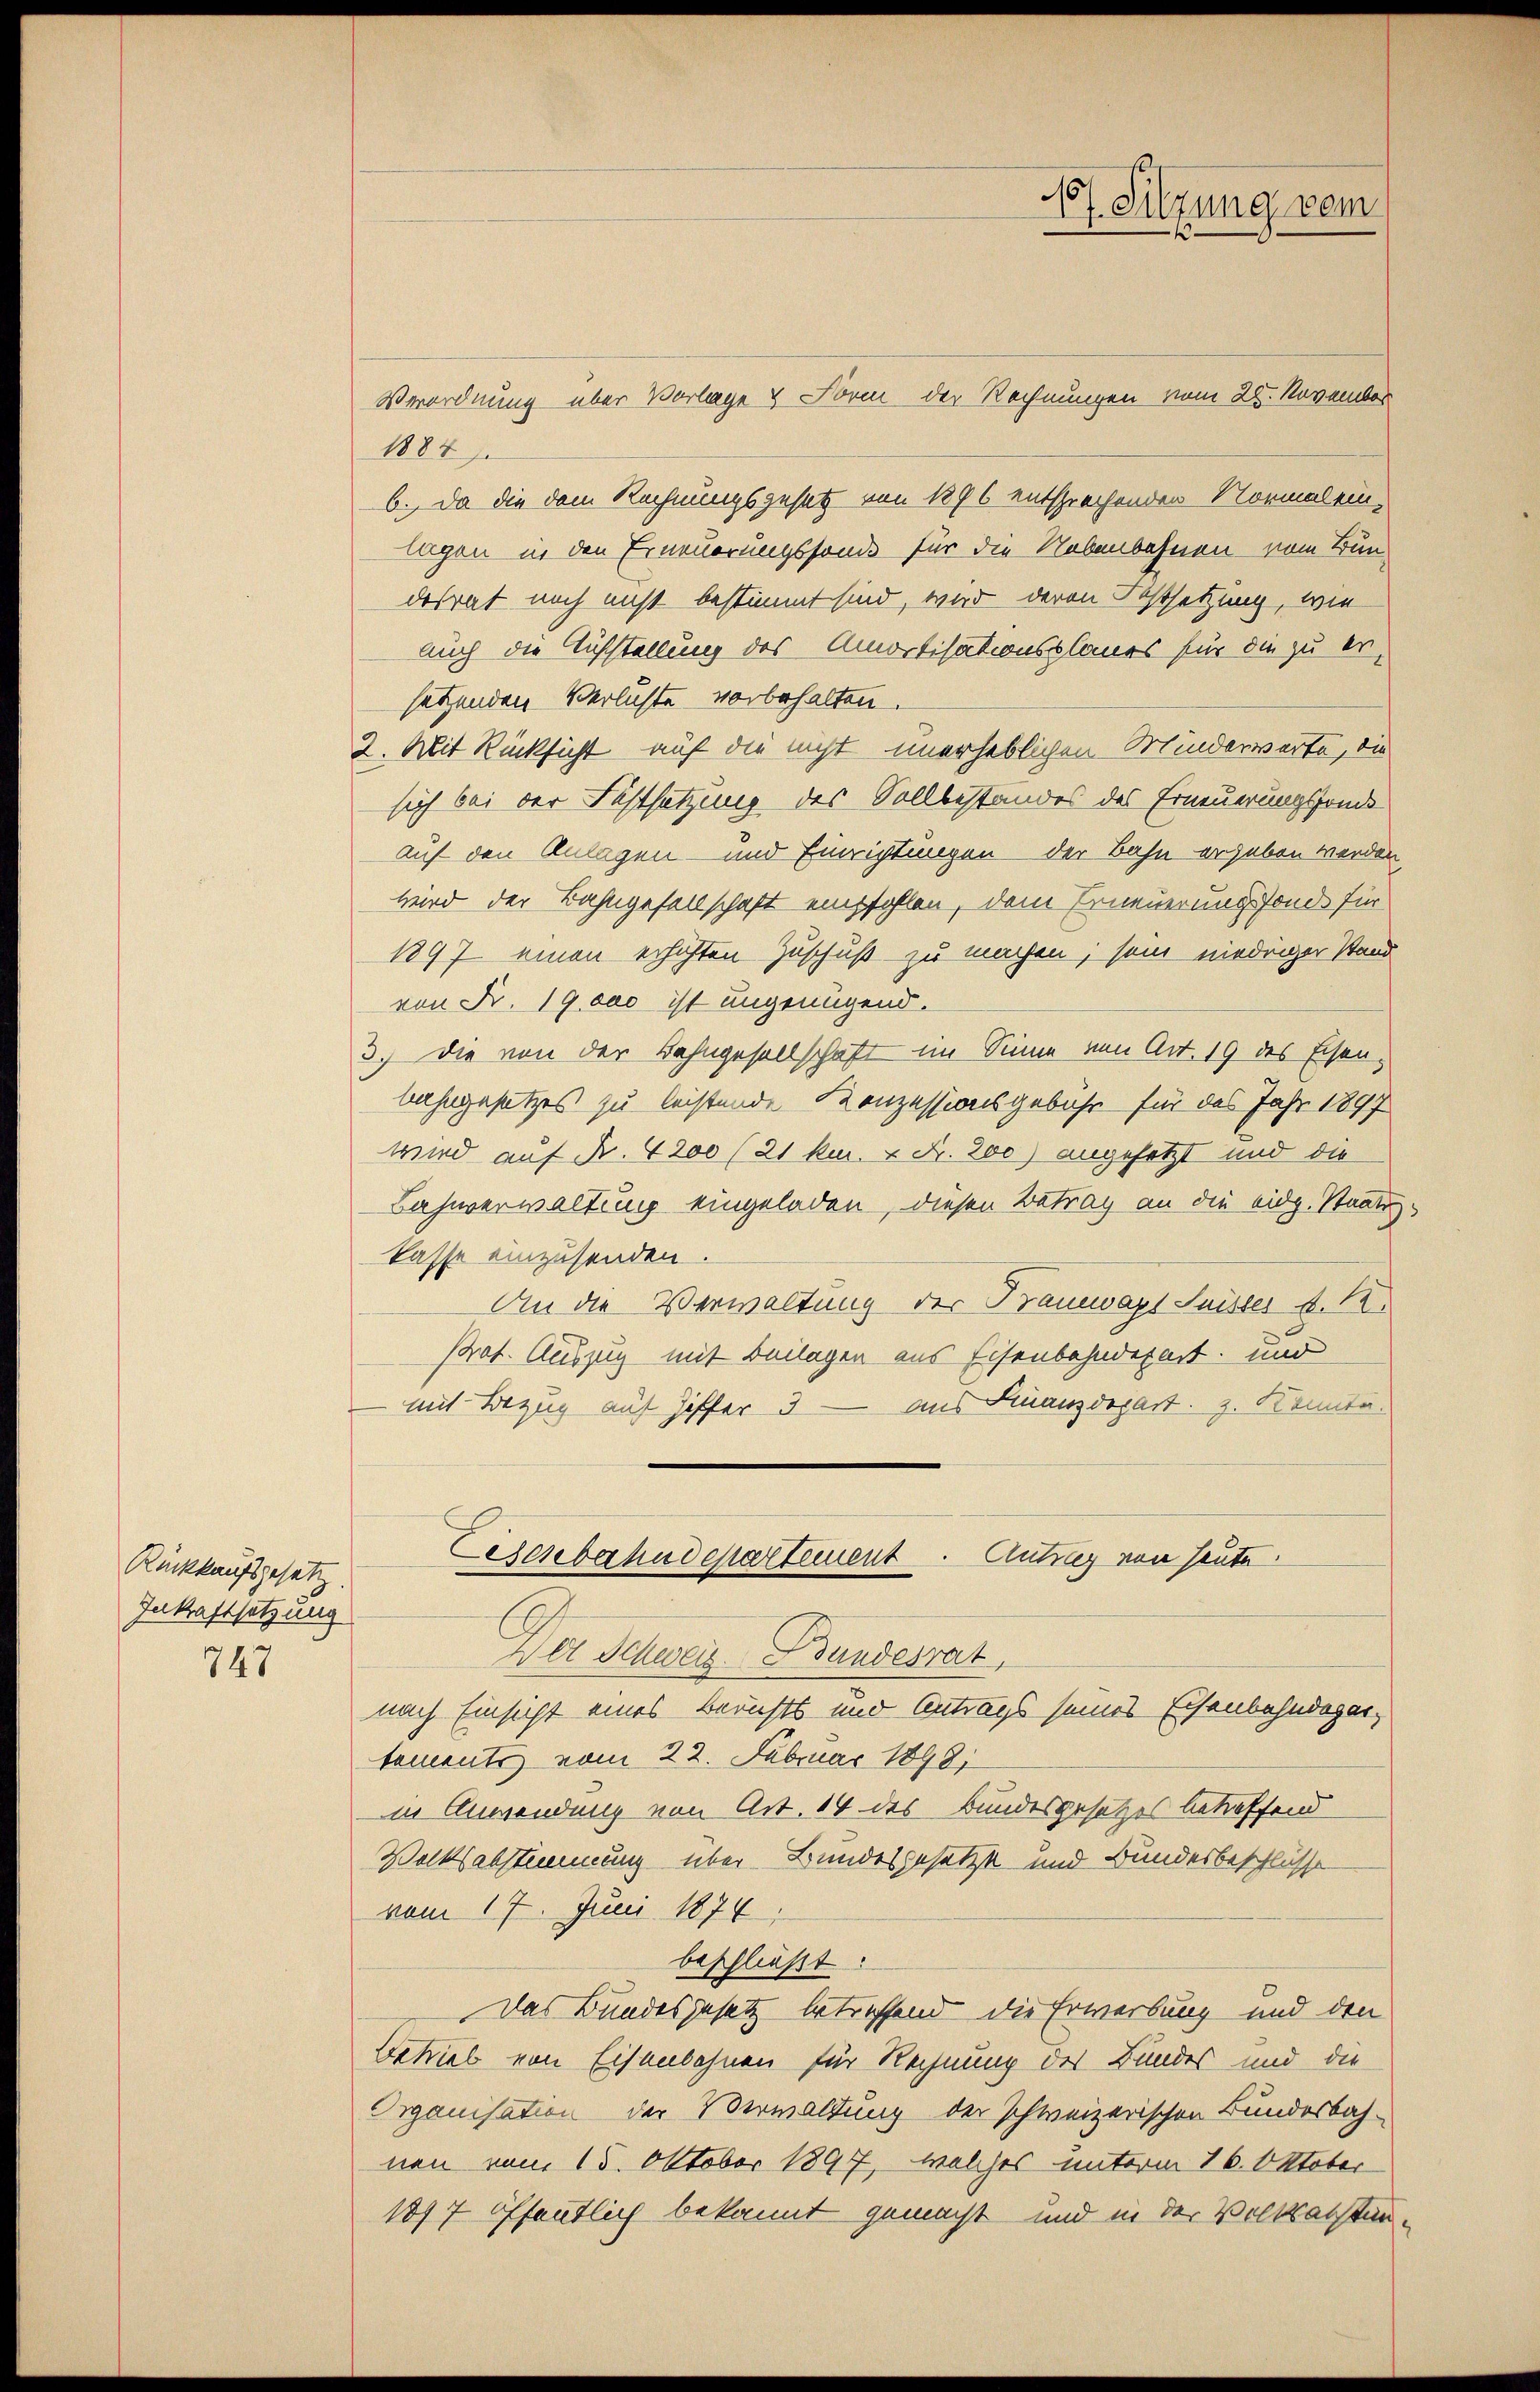
Rückkaufsgesetz
Inkraftsetzung
747

Verordnung über Vorlage & Form der Rechnungen vom 28. November
1884
6., Da die dem Rechnungsgesetz von 1896 entsprechenden Normal ein-
lagen in den Erneuerungssonde für die Nebenbahnen vom Bundesrat noch nicht bestimmt sind, wird deren Festsetzung, wie
auch die Aufstellung des Amortisationsplanes für die zu er-
setzenden Verluste vorbehalten.
2. Mit Rücksicht auf die nicht unerheblichen Minderwerte, die
sich bei der Festsetzung des Sollbestandes des Erneuerungsfonde
auf den Anlagen und Einrichtungen der Bahn ergeben werden
wird der Bahngesellschaft empfohlen, dem Erneuerungsfond für
1897 einen erhöhten Zuschuß zu machen; sein niedriger Stand
von Fr. 19000 ist ungenügend.
3.) Die von der Bahngesellschaft im Sinne von Art. 19 des Eisen-
bahngesetzes zu leistende Konzessionsgebühr für das Jahr 1897
wird auf Fr. 4200 (21 ku. & Fr. 200) angesetzt und die
Bahnverwaltung eingeladen, diesen Betrag an die eidg. Staatskasse einzusenden.
An die Verwaltung der Branewagt Suisses d. 12.
Prof. Auszug mit Beilagen aus Eisenbahndepart und
mit Bezug auf Ziffer 3 — aus Finanzdepart z. Konnta
Eisenbahndepartement. Antrag von heute.
Der Schweiz. Bundesrat
nach Einsicht eines Berichts und Antrags seines Eisenbahndepartements vom 22. Februar 1898
in Anwendung von Art. 14 des Bundesgesetzes betreffend
Volksabstimmung über Bundesgesetzt und Bundesbeschlüsse
vom 17. Juni 1874,
beschließt:
Das Bundesgesetz betreffend die Erwerbung und den
Betrieb von Eisenbahnen für Rechnung des Bundes und die
Organisation der Verwaltung der schweizerischen Bundesbah-
nen vom 15. Oktober 1897, welches unterm 16. Oktober
1877 öffentlich bekannt gemacht und in der Volksabstan¬

d
17. Sitzung vom